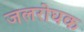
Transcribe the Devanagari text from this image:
जलरोघक